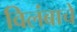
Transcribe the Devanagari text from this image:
विलंबाचे